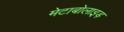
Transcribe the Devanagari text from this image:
मेटाबोलाइड़